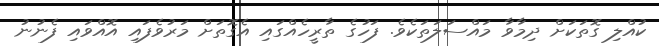
ކުއްލި ގޮތަކަށް ދިމާވާ މައްސަލަތަކެވެ. ފަހުގެ ތާރީހެއްގައި އެގޮތަށް މަރުވެފައި އޮއްވައި ފެނުނު